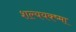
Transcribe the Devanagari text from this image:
शल्ययक्ष्मा